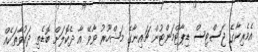
އެމެރިކާގެ ޖަސްޓިސް ޑިޕާޓްމަންޓުން ޗައިނާގެ މަޝްހޫރު ވާވޭ އާ ދެކޮލަށް ބޮޑެތި ދައުވާތަކެއް